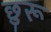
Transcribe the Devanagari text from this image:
छुरू